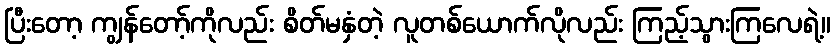
ပြီးတော့ ကျွန်တော့်ကိုလည်း စိတ်မနှံတဲ့ လူတစ်ယောက်လိုလည်း ကြည့်သွားကြလေရဲ့။